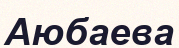
Аюбаева